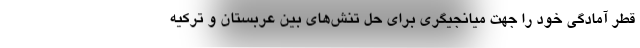
قطر آمادگی خود را جهت میانجیگری برای حل تنش‌های بین عربستان و ترکیه